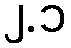
၂.၁